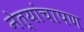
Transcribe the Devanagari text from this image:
नेत्यांचापण